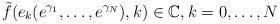
LaTeX: \begin{align*}\tilde{f}(e_{k}(e^{\gamma_{1}},\ldots,e^{\gamma_{N}}),k)\in\mathbb{C},k=0,\ldots,N\end{align*}